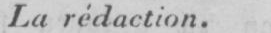
La rédaction.